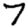
Digit: 7